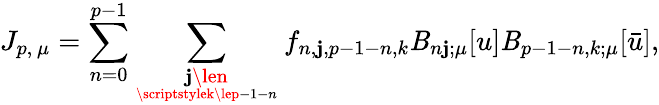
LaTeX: J_{p,\, \mu}=\sum_{n=0}^{p-1}\sum_{{\scriptstyle\mathbf{j}\len}\atop{\scriptstylek\lep-1-n}}f_{n,\mathbf{j},p-1-n,k}\mathit{B}_{n\mathbf{j};\mu}[u]\mathit{B}_{p-1-n,k;\mu}[\bar{{u}}],